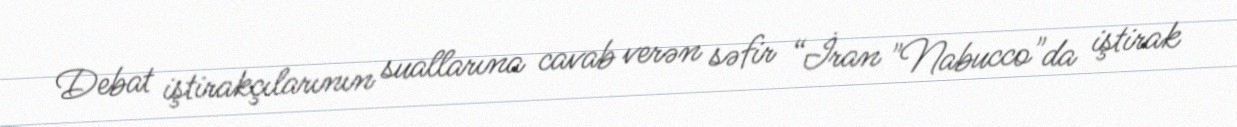
Debat iştirakçılarının suallarına cavab verən səfir “İran "Nabucco"da iştirak